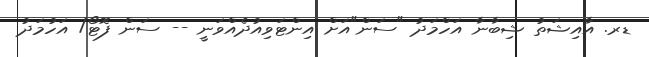
ޑރ. އާއިޝަތު ޝިބާނާ އަހްމަދު "ސަން"އަށް އިންޓަވިއުދެއްވަނީ -- ސަން ފޮޓޯ/ އަހުމަދު